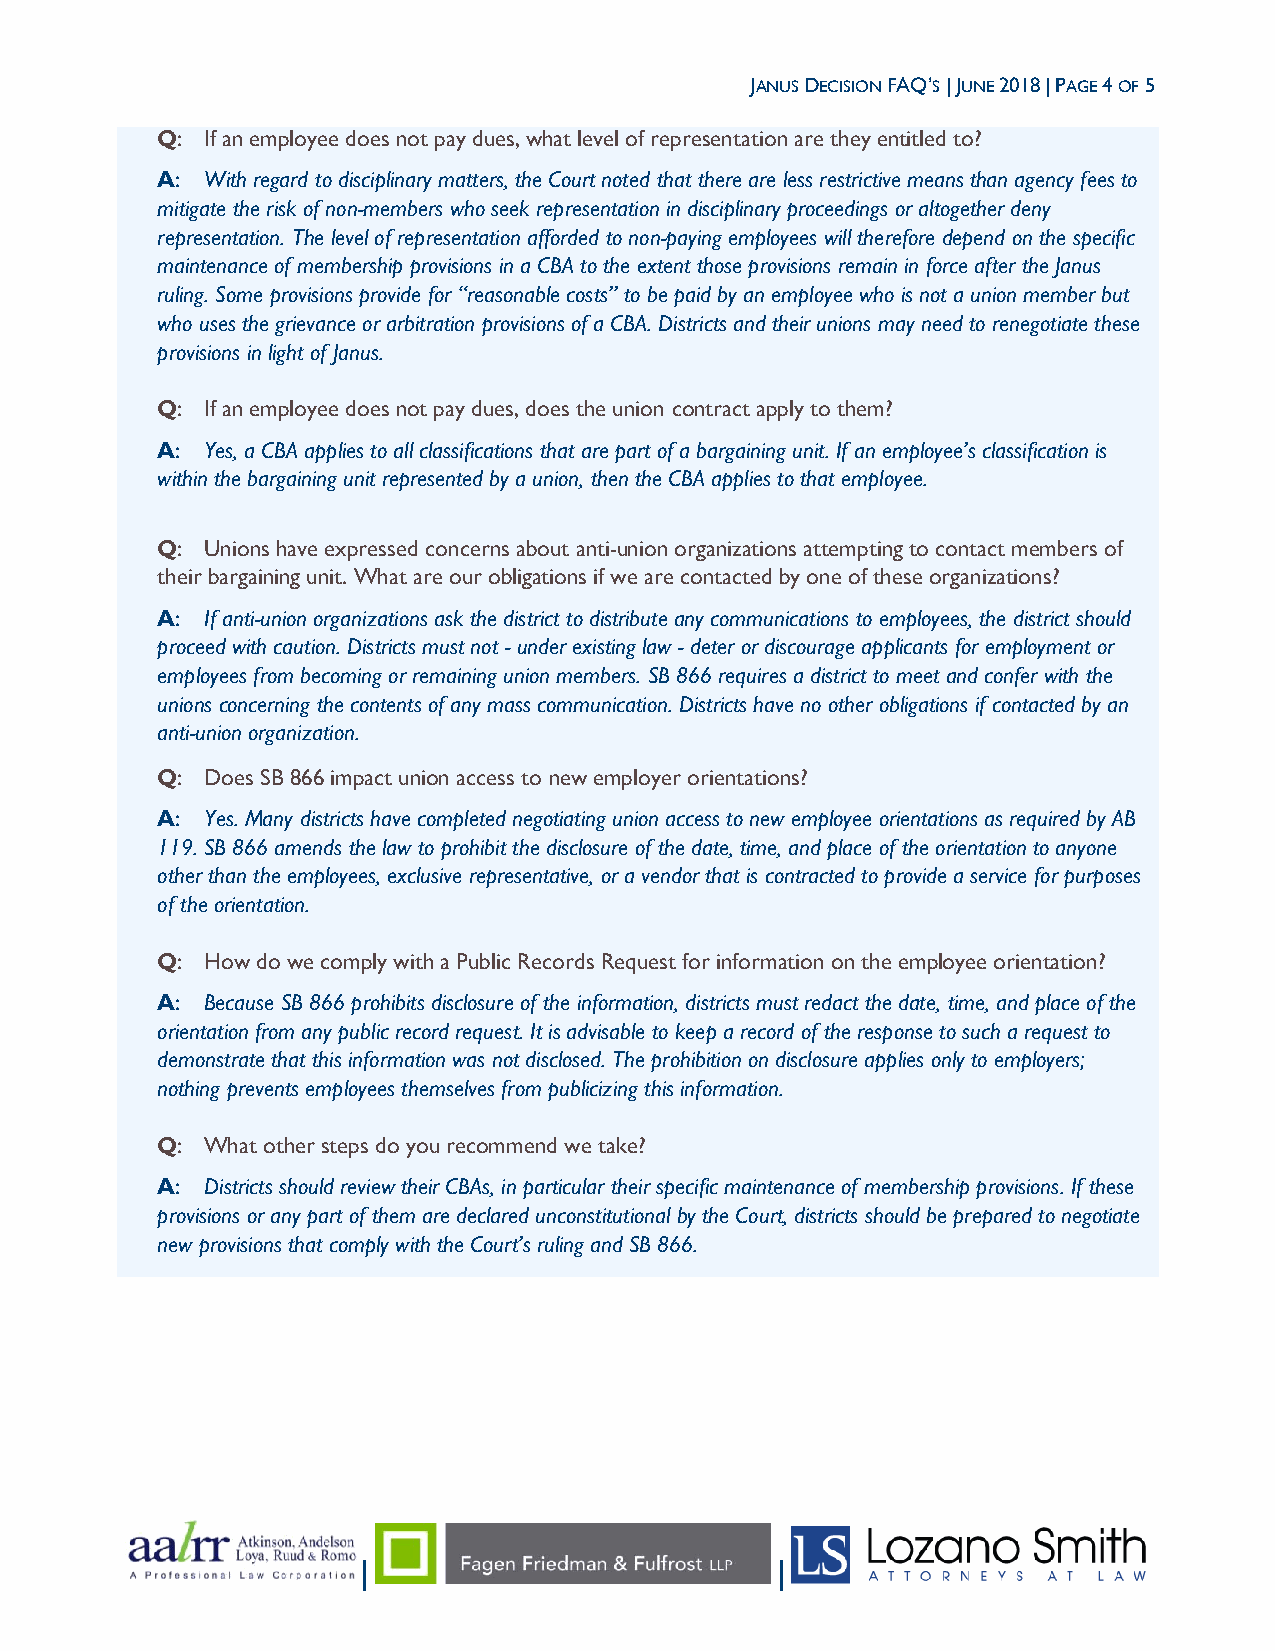
JANUS DECISION FAQ’S | JUNE 2018 | PAGE 4 OF 5
 Q:  If an employee does not pay dues, what level of representation are they entitled to?
 A:  With regard to disciplinary matters, the Court noted that there are less restrictive means than agency fees to
 mitigate the risk of non-members who seek representation in disciplinary proceedings or altogether deny
 representation. The level of representation afforded to non-paying employees will therefore depend on the specific
 maintenance of membership provisions in a CBA to the extent those provisions remain in force after the Janus
 ruling. Some provisions provide for “reasonable costs” to be paid by an employee who is not a union member but
 who uses the grievance or arbitration provisions of a CBA. Districts and their unions may need to renegotiate these
 provisions in light of Janus.
 Q:  If an employee does not pay dues, does the union contract apply to them?
 A:  Yes, a CBA applies to all classifications that are part of a bargaining unit. If an employee’s classification is
 within the bargaining unit represented by a union, then the CBA applies to that employee.
 Q:  Unions have expressed concerns about anti-union organizations attempting to contact members of
 their bargaining unit. What are our obligations if we are contacted by one of these organizations?
 A:  If anti-union organizations ask the district to distribute any communications to employees, the district should
 proceed with caution. Districts must not - under existing law - deter or discourage applicants for employment or
 employees from becoming or remaining union members. SB 866 requires a district to meet and confer with the
 unions concerning the contents of any mass communication. Districts have no other obligations if contacted by an
 anti-union organization.
 Q:  Does SB 866 impact union access to new employer orientations?
 A:  Yes. Many districts have completed negotiating union access to new employee orientations as required by AB
 119. SB 866 amends the law to prohibit the disclosure of the date, time, and place of the orientation to anyone
 other than the employees, exclusive representative, or a vendor that is contracted to provide a service for purposes
 of the orientation.
 Q:  How do we comply with a Public Records Request for information on the employee orientation?
 A:  Because SB 866 prohibits disclosure of the information, districts must redact the date, time, and place of the
 orientation from any public record request. It is advisable to keep a record of the response to such a request to
 demonstrate that this information was not disclosed. The prohibition on disclosure applies only to employers;
 nothing prevents employees themselves from publicizing this information.
 Q:  What other steps do you recommend we take?
 A:  Districts should review their CBAs, in particular their specific maintenance of membership provisions. If these
 provisions or any part of them are declared unconstitutional by the Court, districts should be prepared to negotiate
 new provisions that comply with the Court’s ruling and SB 866.
 |                          |